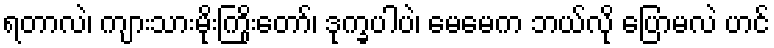
ရတာလဲ၊ ကျားသားမိုးကြိုးတော်၊ ဒုက္ခပါပဲ၊ မေမေက ဘယ်လို ပြောမလဲ ဟင်